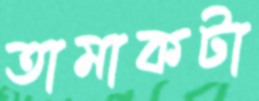
তামাকটা